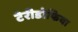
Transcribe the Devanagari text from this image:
टेरीडोफिया